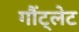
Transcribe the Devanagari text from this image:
गौंट्लेट